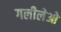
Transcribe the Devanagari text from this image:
गलीलेओ